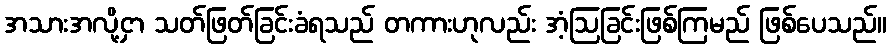
အသားအလို့ငှာ သတ်ဖြတ်ခြင်းခံရသည် တကားဟုလည်း အံ့ဩခြင်းဖြစ်ကြမည် ဖြစ်ပေသည်။